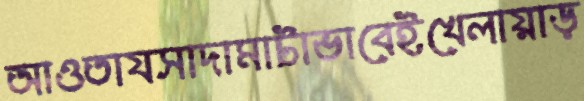
আওতাযসাদামাটাভাবেইখেলায়াড়